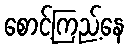
စောင့်ကြည့်နေ